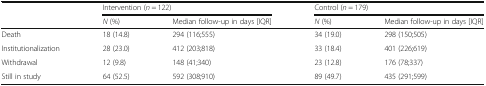
<table><thead><tr><td rowspan="2">[EMPTY_CELL]</td><td colspan="2"><b>Intervention (<i>n</i> = 122)</b></td><td colspan="2"><b>Control (<i>n</i> = 179)</b></td></tr><tr><td><b><i>N</i> (%)</b></td><td><b>Median follow-up in days [IQR]</b></td><td><b><i>N</i> (%)</b></td><td><b>Median follow-up in days [IQR]</b></td></tr></thead><tbody><tr><td>Death</td><td>18 (14.8)</td><td>294 (116;555)</td><td>34 (19.0)</td><td>298 (150;505)</td></tr><tr><td>Institutionalization</td><td>28 (23.0)</td><td>412 (203;818)</td><td>33 (18.4)</td><td>401 (226;619)</td></tr><tr><td>Withdrawal</td><td>12 (9.8)</td><td>148 (41;340)</td><td>23 (12.8)</td><td>176 (78;337)</td></tr><tr><td>Still in study</td><td>64 (52.5)</td><td>592 (308;910)</td><td>89 (49.7)</td><td>435 (291;599)</td></tr></tbody></table>